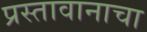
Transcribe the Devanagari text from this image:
प्रस्तावानाचा